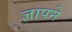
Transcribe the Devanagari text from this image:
ज्ञापने